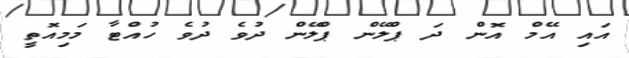
އައި އޭމް އޮން ދަ ޕްލޭން ޕްލޭން ދުވެ ދުވެ ހުއްޓާ މަމިއޮތީ